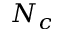
N _ { c }